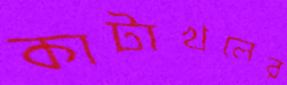
কাটাখলের